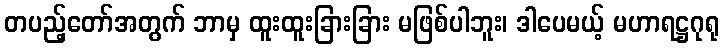
တပည့်တော်အတွက် ဘာမှ ထူးထူးခြားခြား မဖြစ်ပါဘူး၊ ဒါပေမယ့် မဟာရဋ္ဌဂုရု